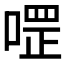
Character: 𱓳